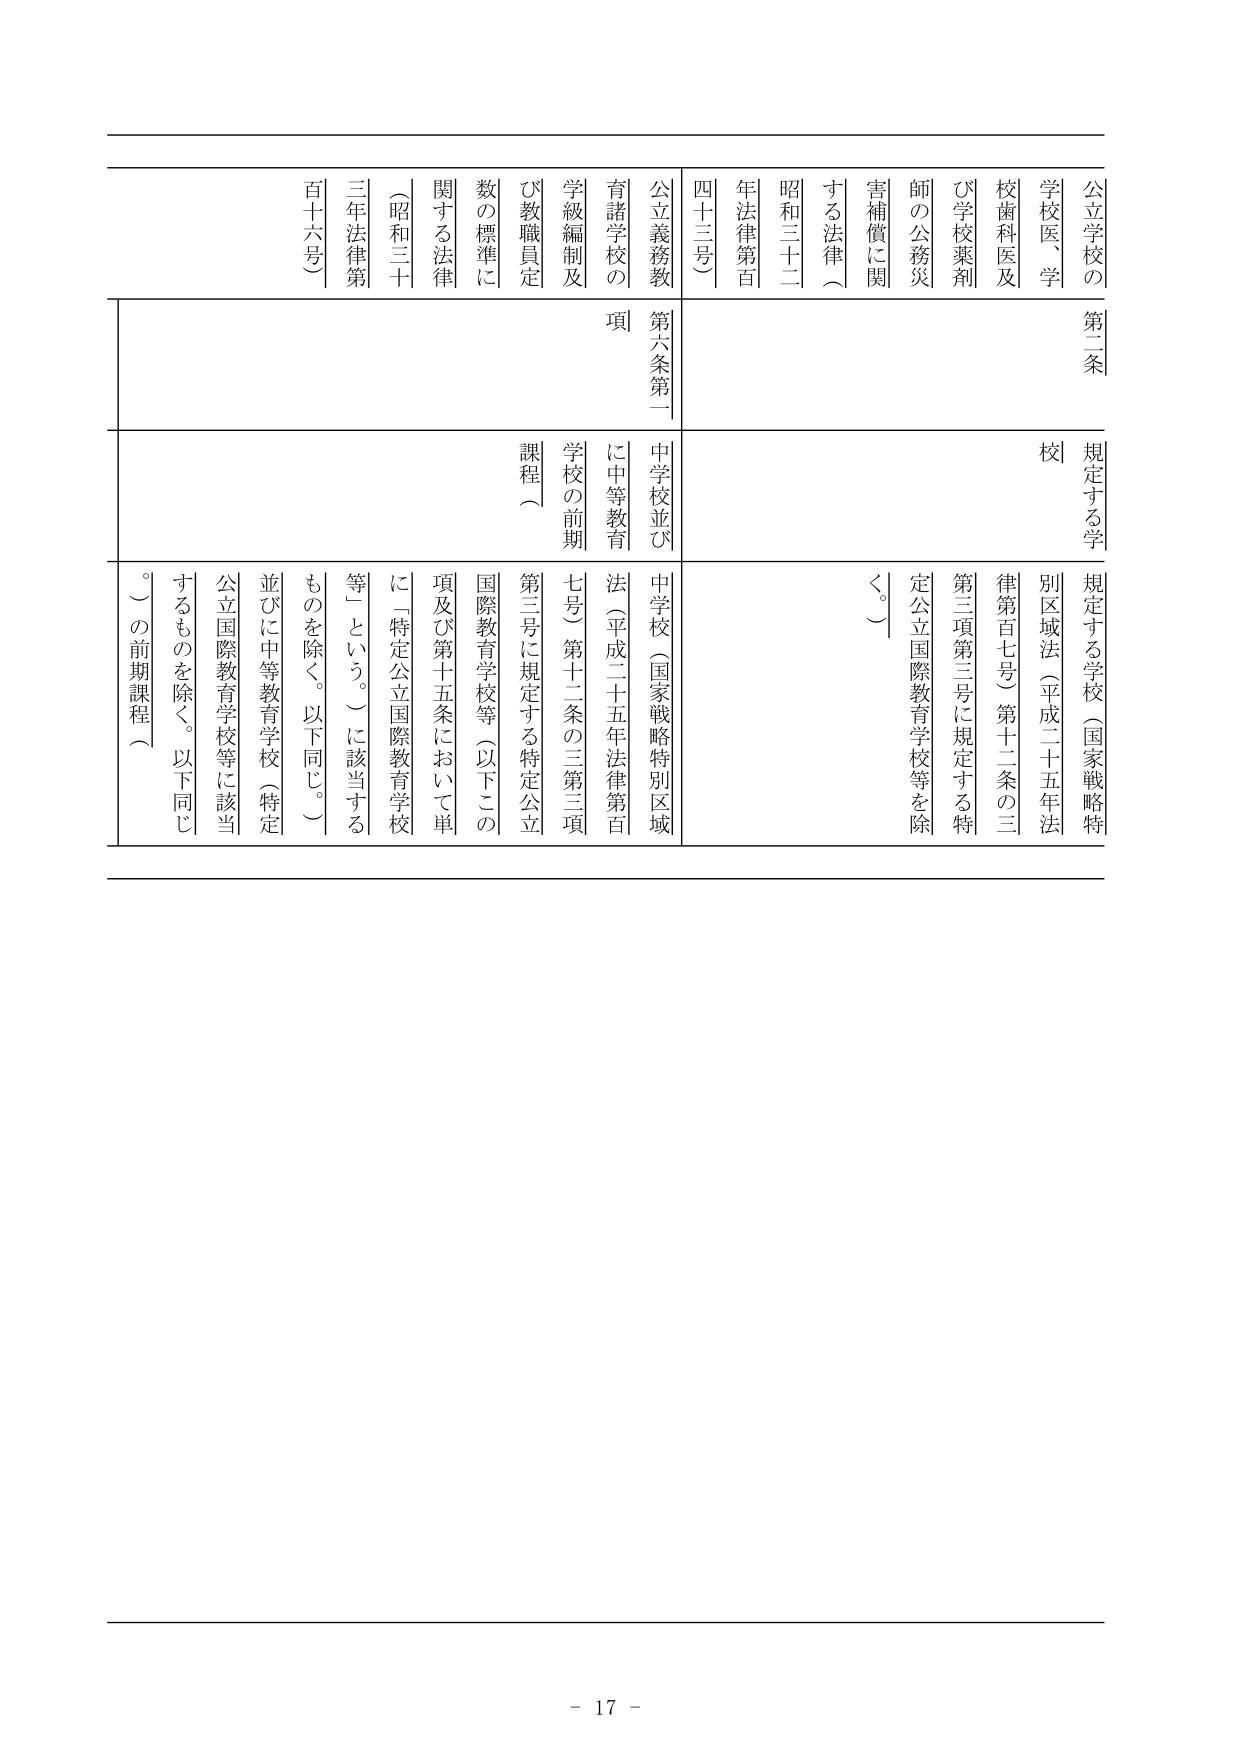
第二条
公立学校の
学校医、学
校歯科医及
び学校薬剤
師の公務災
害補償に関
する法律（
昭和三十二
年法律第百
四十三号）
公立義務教
育諸学校の
学級編制及
び教職員定
数の標準に
関する法律
（昭和三十
三年法律第
百十六号）

規定する学校
校

規定する学校（国家戦略特別区域法（平成二十五年法律第百七号）第十二条の三第二項第三号に規定する特定公立国際教育学校等を除く。）

第六条第一項
中学校並びに中等教育法（平成二十五年法律第百七号）第十二条の三第三項第三号に規定する特定公立国際教育学校等（以下この項及び第十五条において単に「特定公立国際教育学校等」という。）に該当するものを除く。以下同じ。）並びに中等教育学校（特定公立国際教育学校等に該当するものを除く。以下同じ。）の前期課程

- 17 -